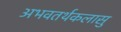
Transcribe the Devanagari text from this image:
अभवतर्थकलासु